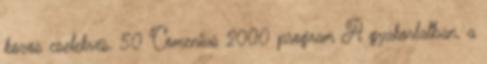
közös cselekvés. 50 Comenius 2000 program A gyakorlatban, a